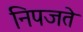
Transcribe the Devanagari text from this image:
निपजते